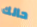
حالك